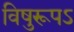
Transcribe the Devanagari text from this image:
विषुरूपऽ